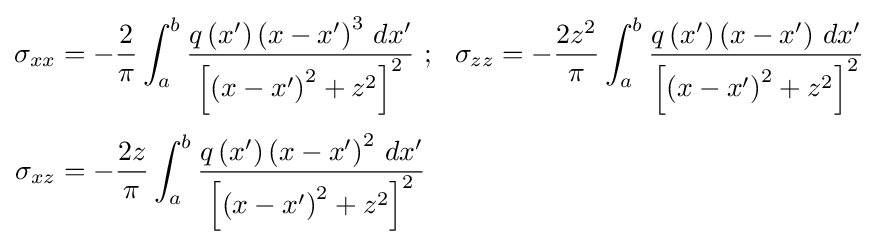
{\begin{aligned}\sigma _{xx}&=-{\frac {2}{\pi }}\int _{a}^{b}{\frac {q\left(x'\right)\left(x-x'\right)^{3}\,dx'}{\left[\left(x-x'\right)^{2}+z^{2}\right]^{2}}}~;~~\sigma _{zz}=-{\frac {2z^{2}}{\pi }}\int _{a}^{b}{\frac {q\left(x'\right)\left(x-x'\right)\,dx'}{\left[\left(x-x'\right)^{2}+z^{2}\right]^{2}}}\\[3pt]\sigma _{xz}&=-{\frac {2z}{\pi }}\int _{a}^{b}{\frac {q\left(x'\right)\left(x-x'\right)^{2}\,dx'}{\left[\left(x-x'\right)^{2}+z^{2}\right]^{2}}}\end{aligned}}